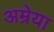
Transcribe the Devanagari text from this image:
अम्रेया